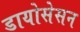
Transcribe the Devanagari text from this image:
डायोसेसन